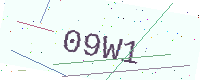
Text: 09W1